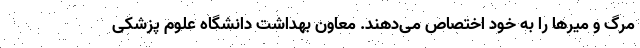
مرگ و میرها را به خود اختصاص می‌دهند. معاون بهداشت دانشگاه علوم پزشکی